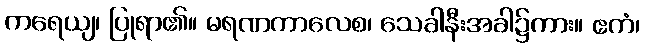
ကရေယျ၊ ပြုရာ၏။ မရဏကာလေစ၊ သေခါနီးအခါ၌ကား။ ဧကံ၊